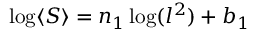
\log \langle S \rangle = n _ { 1 } \log ( l ^ { 2 } ) + b _ { 1 }